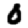
Digit: 0